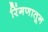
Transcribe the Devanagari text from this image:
रिंगणातून